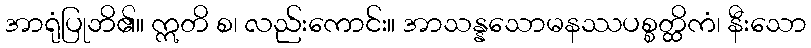
အာရုံပြုဘိ၏။ ဣတိ စ၊ လည်းကောင်း။ အာသန္နသောမနဿပစ္စတ္ထိကံ၊ နီးသော